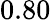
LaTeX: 0.80